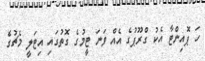
ހަ ޕޮއިންޓާ އެކު ގްރޫޕުގެ އެއް ވަނަ ޓީމުގެ ގޮތުގައި އިޓަލީ މެޗުގެ